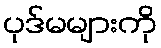
ပုဒ်မများကို